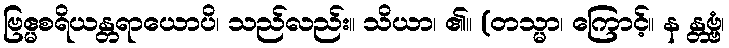
ဗြဧ္မစရိယန္တရာယောပိ၊ သည်လည်း။ သိယာ၊ ၏။ (တသ္မာ၊ ကြောင့်။ န န္တဗ္ဗံ၊